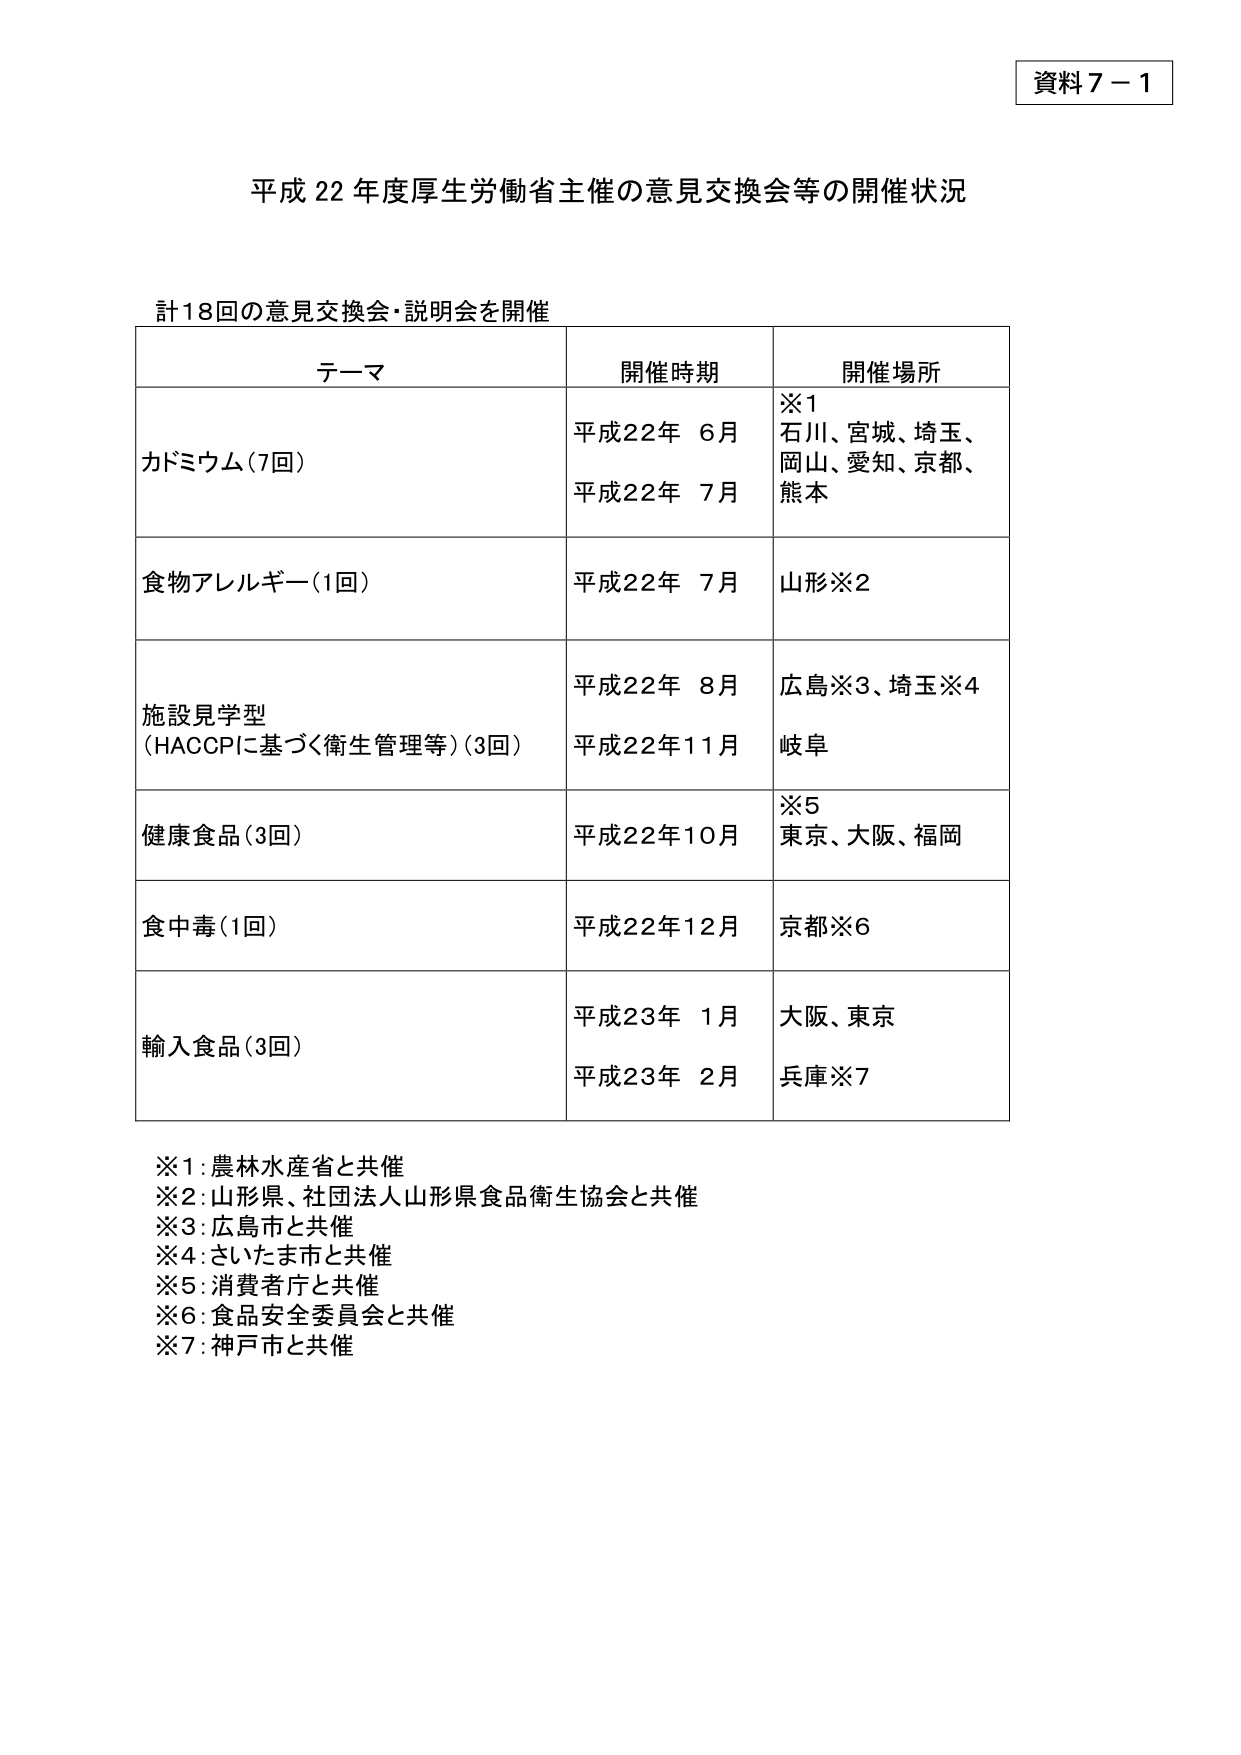
資料７－１

平成22年度厚生労働省主催の意見交換会等の開催状況

計18回の意見交換会・説明会を開催

テーマ　　　　　　　　　　　　開催時期　　　　　　　　開催場所
カドミウム（7回）　　　　　　平成22年　6月　　　　　※1
　　　　　　　　　　　　　　　平成22年　7月　　　　　石川、宮城、埼玉、
　　　　　　　　　　　　　　　　　　　　　　　　　　　岡山、愛知、京都、
　　　　　　　　　　　　　　　　　　　　　　　　　　　熊本
食物アレルギー（1回）　　　　平成22年　7月　　　　　山形※2
施設見学型　　　　　　　　　　平成22年　8月　　　　　広島※3、埼玉※4
（HACCPに基づく衛生管理等）（3回）　平成22年11月　　　岐阜
健康食品（3回）　　　　　　　平成22年10月　　　　　※5
　　　　　　　　　　　　　　　　　　　　　　　　　　　東京、大阪、福岡
食中毒（1回）　　　　　　　　平成22年12月　　　　　京都※6
輸入食品（3回）　　　　　　　平成23年　1月　　　　　大阪、東京
　　　　　　　　　　　　　　　平成23年　2月　　　　　兵庫※7

※1：農林水産省と共催
※2：山形県、社団法人山形県食品衛生協会と共催
※3：広島市と共催
※4：さいたま市と共催
※5：消費者庁と共催
※6：食品安全委員会と共催
※7：神戸市と共催